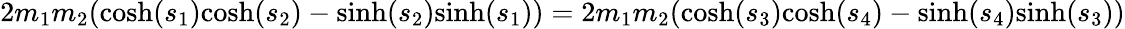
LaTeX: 2m_{1}m_{2}({\mathrm{cosh}}(s_{1}){\mathrm{cosh}}(s_{2})-{\mathrm{sinh}}(s_{2}){\mathrm{sinh}}(s_{1}))=2m_{1}m_{2}({\mathrm{cosh}}(s_{3}){\mathrm{cosh}}(s_{4})-{\mathrm{sinh}}(s_{4}){\mathrm{sinh}}(s_{3}))